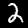
Label: 2